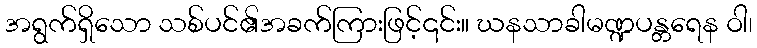
အရွက်ရှိသော သစ်ပင်၏အခက်ကြားဖြင့်၎င်း။ ဃနသာခါမဏ္ဍပန္တရေန ဝါ၊